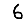
Digit: 6